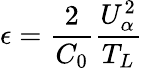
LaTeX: \epsilon=\frac{2}{C_{0}}\frac{U_{\alpha}^{2}}{T_{L}}